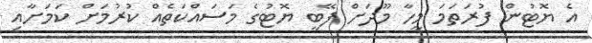
އެ ޔޮޓުން ފުރަތަމަ މީހާ މޫދަށް ފޭބީ ޔޮޓުގެ މަސައްކަތެއް ކުރުމަށް ކަމަށާއި